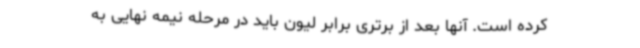
کرده است. آنها بعد از برتری برابر لیون باید در مرحله نیمه نهایی به